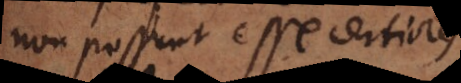
non possunt esse certiores